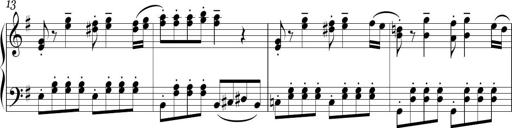
Title: Sonatina in E minor
Composer: Shuwen Zhang
Key: E minor